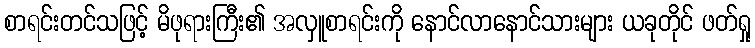
စာရင်းတင်သဖြင့် မိဖုရားကြီး၏ အလှူစာရင်းကို နောင်လာနောင်သားများ ယခုတိုင် ဖတ်ရှု